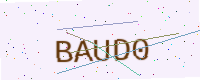
Text: BAUD0